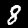
Label: 8